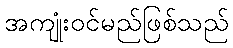
အကျုံးဝင်မည်ဖြစ်သည်